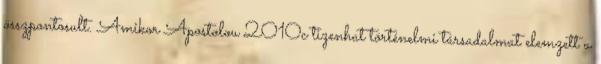
összpontosult. Amikor Apostolou 2010c tizenhat történelmi társadalmat elemzett a